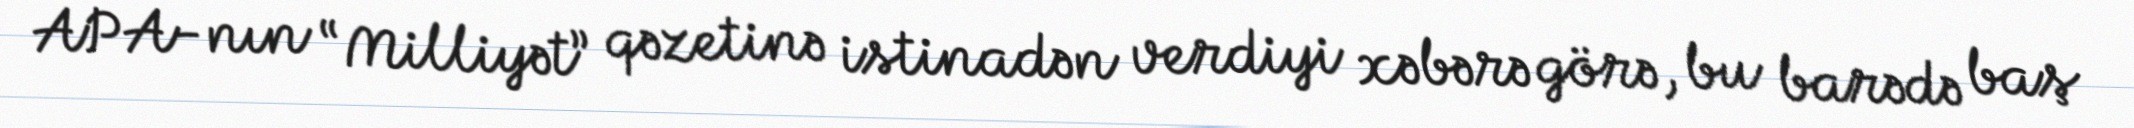
APA-nın “Milliyət” qəzetinə istinadən verdiyi xəbərə görə, bu barədə baş